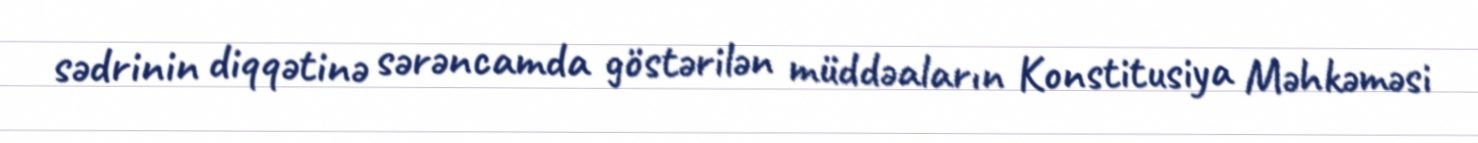
sədrinin diqqətinə sərəncamda göstərilən müddəaların Konstitusiya Məhkəməsi